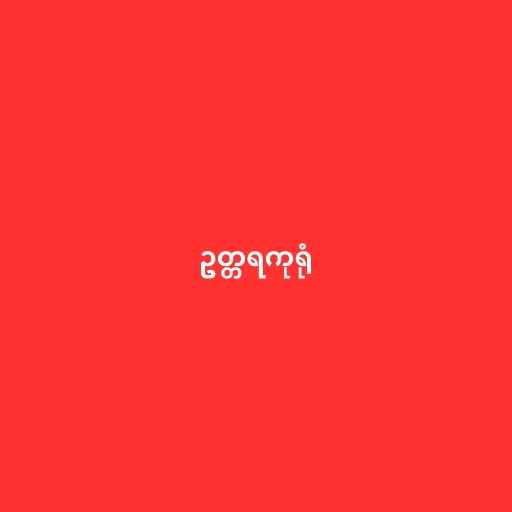
ဥတ္တရကုရုံ